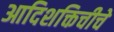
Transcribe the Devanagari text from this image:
आदिशक्तिचीचे